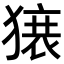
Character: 𬍀